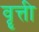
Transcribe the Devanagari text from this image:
वॄत्ती